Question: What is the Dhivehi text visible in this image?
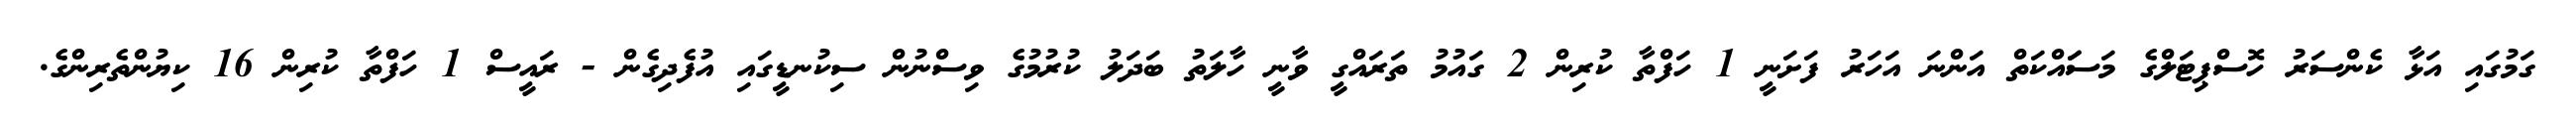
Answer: ގަމުގައި އަޅާ ކެންސަރު ހޮސްޕިޓަލްގެ މަސަައްކަތް އަންނަ އަހަރު ފަށަނީ 1 ހަފްތާ ކުރިން 2 ގައުމު ތަރައްގީ ވާނީ ހާލަތު ބަދަލު ކުރުމުގެ ވިސްނުން ސިކުނޑީގައި އުފެދިގެން - ރައީސް 1 ހަފްތާ ކުރިން 16 ކިޔުންތެރިންގެ.